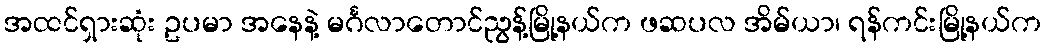
အထင်ရှားဆုံး ဥပမာ အနေနဲ့ မင်္ဂလာတောင်ညွန့်မြို့နယ်က ဖဆပလ အိမ်ယာ၊ ရန်ကင်းမြို့နယ်က